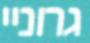
גרוניי